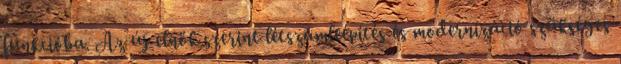
funkcióba. Az új elnök szerint létszámleépítés és modernizáció szükséges